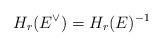
LaTeX: \begin{align*}H_r(E^{\vee})=H_r(E)^{-1}\end{align*}